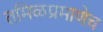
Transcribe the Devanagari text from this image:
तमिळप्रमाणेच